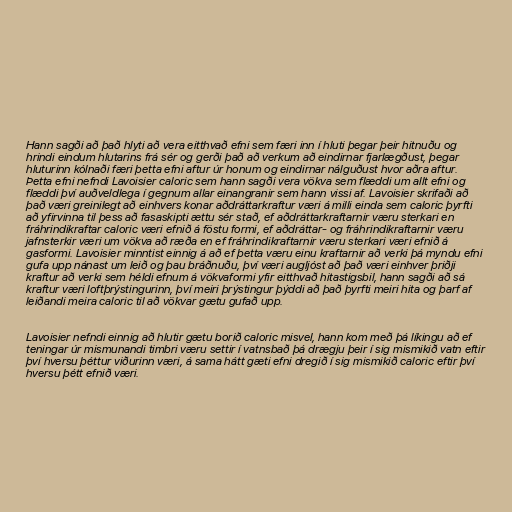
Hann sagði að það hlyti að vera eitthvað efni sem færi inn í hluti þegar þeir hitnuðu og
hrindi eindum hlutarins frá sér og gerði það að verkum að eindirnar fjarlægðust, þegar
hluturinn kólnaði færi þetta efni aftur úr honum og eindirnar nálguðust hvor aðra aftur.
Þetta efni nefndi Lavoisier caloric sem hann sagði vera vökva sem flæddi um allt efni og
flæddi því auðveldlega í gegnum allar einangranir sem hann vissi af. Lavoisier skrifaði að
það væri greinilegt að einhvers konar aðdráttarkraftur væri á milli einda sem caloric þyrfti
að yfirvinna til þess að fasaskipti ættu sér stað, ef aðdráttarkraftarnir væru sterkari en
fráhrindikraftar caloric væri efnið á föstu formi, ef aðdráttar- og fráhrindikraftarnir væru
jafnsterkir væri um vökva að ræða en ef fráhrindikraftarnir væru sterkari væri efnið á
gasformi. Lavoisier minntist einnig á að ef þetta væru einu kraftarnir að verki þá myndu efni
gufa upp nánast um leið og þau bráðnuðu, því væri augljóst að það væri einhver þriðji
kraftur að verki sem héldi efnum á vökvaformi yfir eitthvað hitastigsbil, hann sagði að sá
kraftur væri loftþrýstingurinn, því meiri þrýstingur þýddi að það þyrfti meiri hita og þarf af
leiðandi meira caloric til að vökvar gætu gufað upp.

Lavoisier nefndi einnig að hlutir gætu borið caloric misvel, hann kom með þá líkingu að ef
teningar úr mismunandi timbri væru settir í vatnsbað þá drægju þeir í sig mismikið vatn eftir
því hversu þéttur viðurinn væri, á sama hátt gæti efni dregið í sig mismikið caloric eftir því
hversu þétt efnið væri.